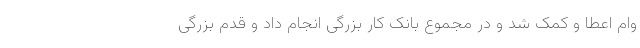
وام اعطا و کمک شد و در مجموع بانک کار بزرگی انجام داد و قدم بزرگی